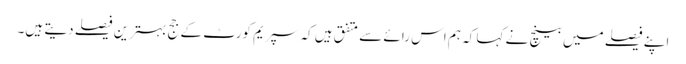
اپنے فیصلے میں بینچ نے کہا کہ ہم اس رائے سے متفق ہیں کہ سپریم کورٹ کے جج بہترین فیصلے دیتے ہیں۔